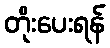
တိုးပေးရန်